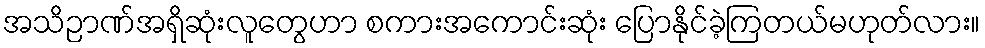
အသိဉာဏ်အရှိဆုံးလူတွေဟာ စကားအကောင်းဆုံး ပြောနိုင်ခဲ့ကြတယ်မဟုတ်လား။